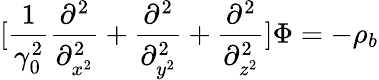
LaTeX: [\frac{1}{\gamma_{0}^{2}}\frac{\partial^{2}}{\partial_{x^{2}}^{2}}+\frac{\partial^{2}}{\partial_{y^{2}}^{2}}+\frac{\partial^{2}}{\partial_{z^{2}}^{2}}]\Phi=-\rho_{b}